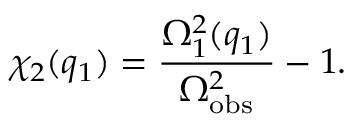
\chi _ { 2 } ( q _ { 1 } ) = \frac { \Omega _ { 1 } ^ { 2 } ( q _ { 1 } ) } { \Omega _ { \mathrm { o b s } } ^ { 2 } } - 1 .